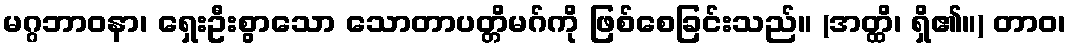
မဂ္ဂဘာဝနာ၊ ရှေးဦးစွာသော သောတာပတ္တိမဂ်ကို ဖြစ်စေခြင်းသည်။ (အတ္ထိ၊ ရှိ၏။) တာဝ၊